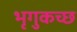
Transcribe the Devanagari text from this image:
भृगुकच्छ